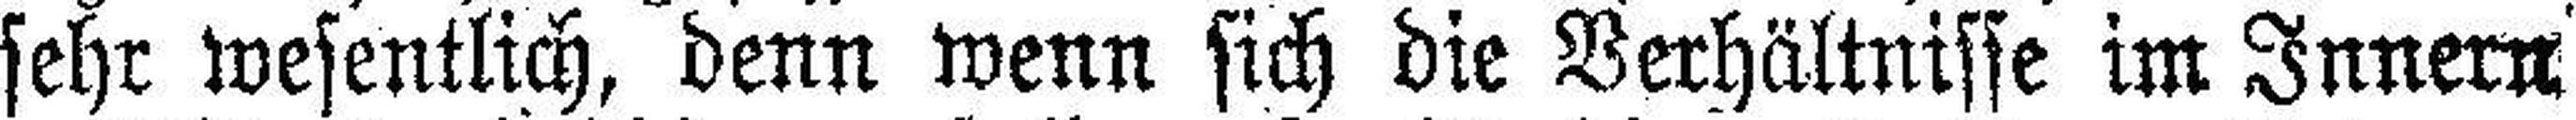
sehr wesentlich, denn wenn sich die Verhältnisse im Innern